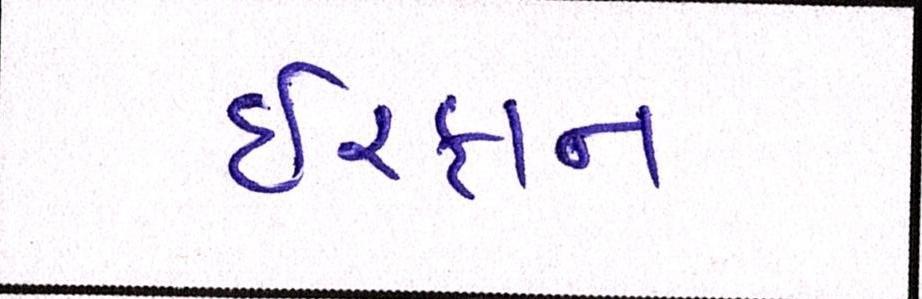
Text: ઈરફાન